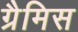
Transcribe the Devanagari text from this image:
ग्रैमिस